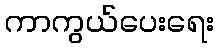
ကာကွယ်ပေးရေး